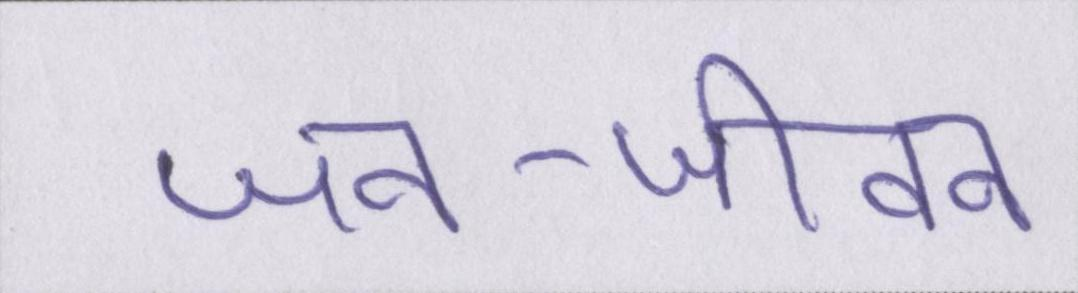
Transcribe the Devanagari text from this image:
जन-जीवन